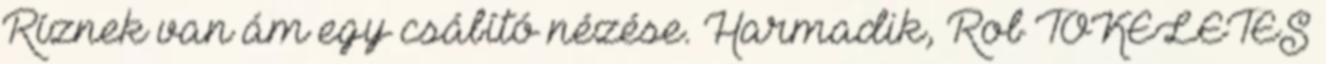
Ríznek van ám egy csábító nézése. Harmadik, Rob TÖKÉLETES